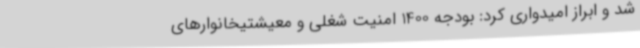
شد و ابراز امیدواری کرد: بودجه 1400 امنیت شغلی و معیشتیخانوارهای